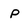
Character: p